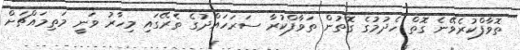
ތޮވާފްކުރެވޭނެ ގޮތް ހެދުމުގެ ގޮތުން ތަވާފްކުރާ ސަރަހައްދުގެ ތެރޭގައި މިހާރު ވަނީ މަތިމައްޗަށް